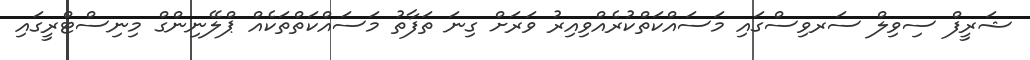
ޝަރީފް ސިވިލް ސަރވިސްގައި މަސައްކަތްކުރެއްވިއިރު ވަރަށް ގިނަ ތަފާތު މަސައްކަތްތަކެއް ޕްލޭނިންގް މިނިސްޓްރީގައި